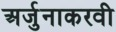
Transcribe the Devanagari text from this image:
अर्जुनाकरवी